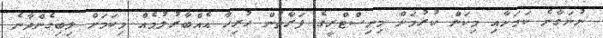
ނުނަގާނެ ކަމަށާއި މިކަން ކުރުމަށް މިނިސްޓްރީގެ ފަރާތުން ހުރިހާ އެއްބާރުލުމެއް މިކަމަށް ލިބިގެންދާނެ